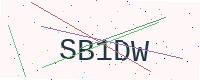
Text: SB1DW